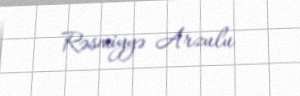
Rəsmiyyə Arzulu